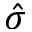
\hat { \sigma }